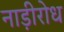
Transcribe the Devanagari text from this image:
नाड़ीरोध